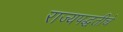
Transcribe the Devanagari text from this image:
राज्यपद्धतीचे